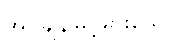
အပူချိန်မြင့်မားသော